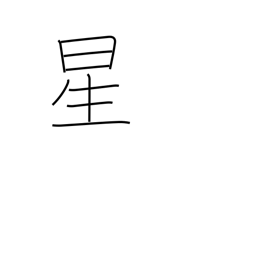
Meaning: star